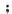
；